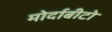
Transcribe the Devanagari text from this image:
मोर्दाबीटो